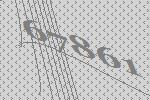
67861